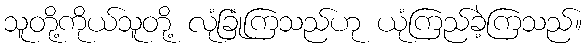
သူတို့ကိုယ်သူတို့ လုံခြုံကြသည်ဟု ယုံကြည်ခဲ့ကြသည်။